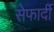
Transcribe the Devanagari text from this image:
सेफार्दी